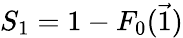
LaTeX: S_{1}=1-F_{0}(\vec{1})